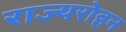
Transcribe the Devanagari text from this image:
राज्यरोहन